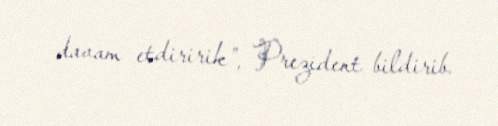
davam etdiririk”, Prezident bildirib.